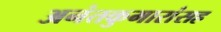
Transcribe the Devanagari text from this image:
अनंतकुमारांसह